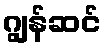
ဂျွန်ဆင်